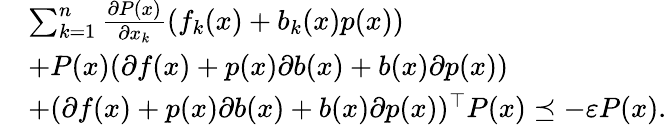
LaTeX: \begin{array}{rl}&{\sum_{k=1}^{n}\frac{\partial P(x)}{\partial x_{k}}(f_{k}(x)+b_{k}(x)p(x))}\\ &{+P(x)(\partial f(x)+p(x)\partial b(x)+b(x)\partial p(x))}\\ &{+(\partial f(x)+p(x)\partial b(x)+b(x)\partial p(x))^{\top}P(x)\preceq-\varepsilon P(x).}\end{array}